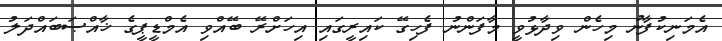
އެމަނިކުފާނު މިހެން ވިދާޅުވީ މާފަންނު ފެހިގޭ ކައިރީގައި އިހަށްރޭ ބޭއްވި އެމްޑީޕީގެ ޚާއްޞަބައްދަލު